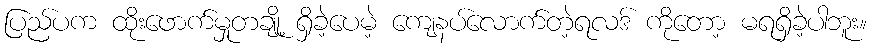
ပြည်ပက ထိုးဖောက်မှုတချို့ ရှိခဲ့ပေမဲ့ ကျေနပ်လောက်တဲ့ရလဒ် ကိုတော့ မရရှိခဲ့ပါဘူး။